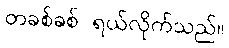
တခစ်ခစ် ရယ်လိုက်သည်။